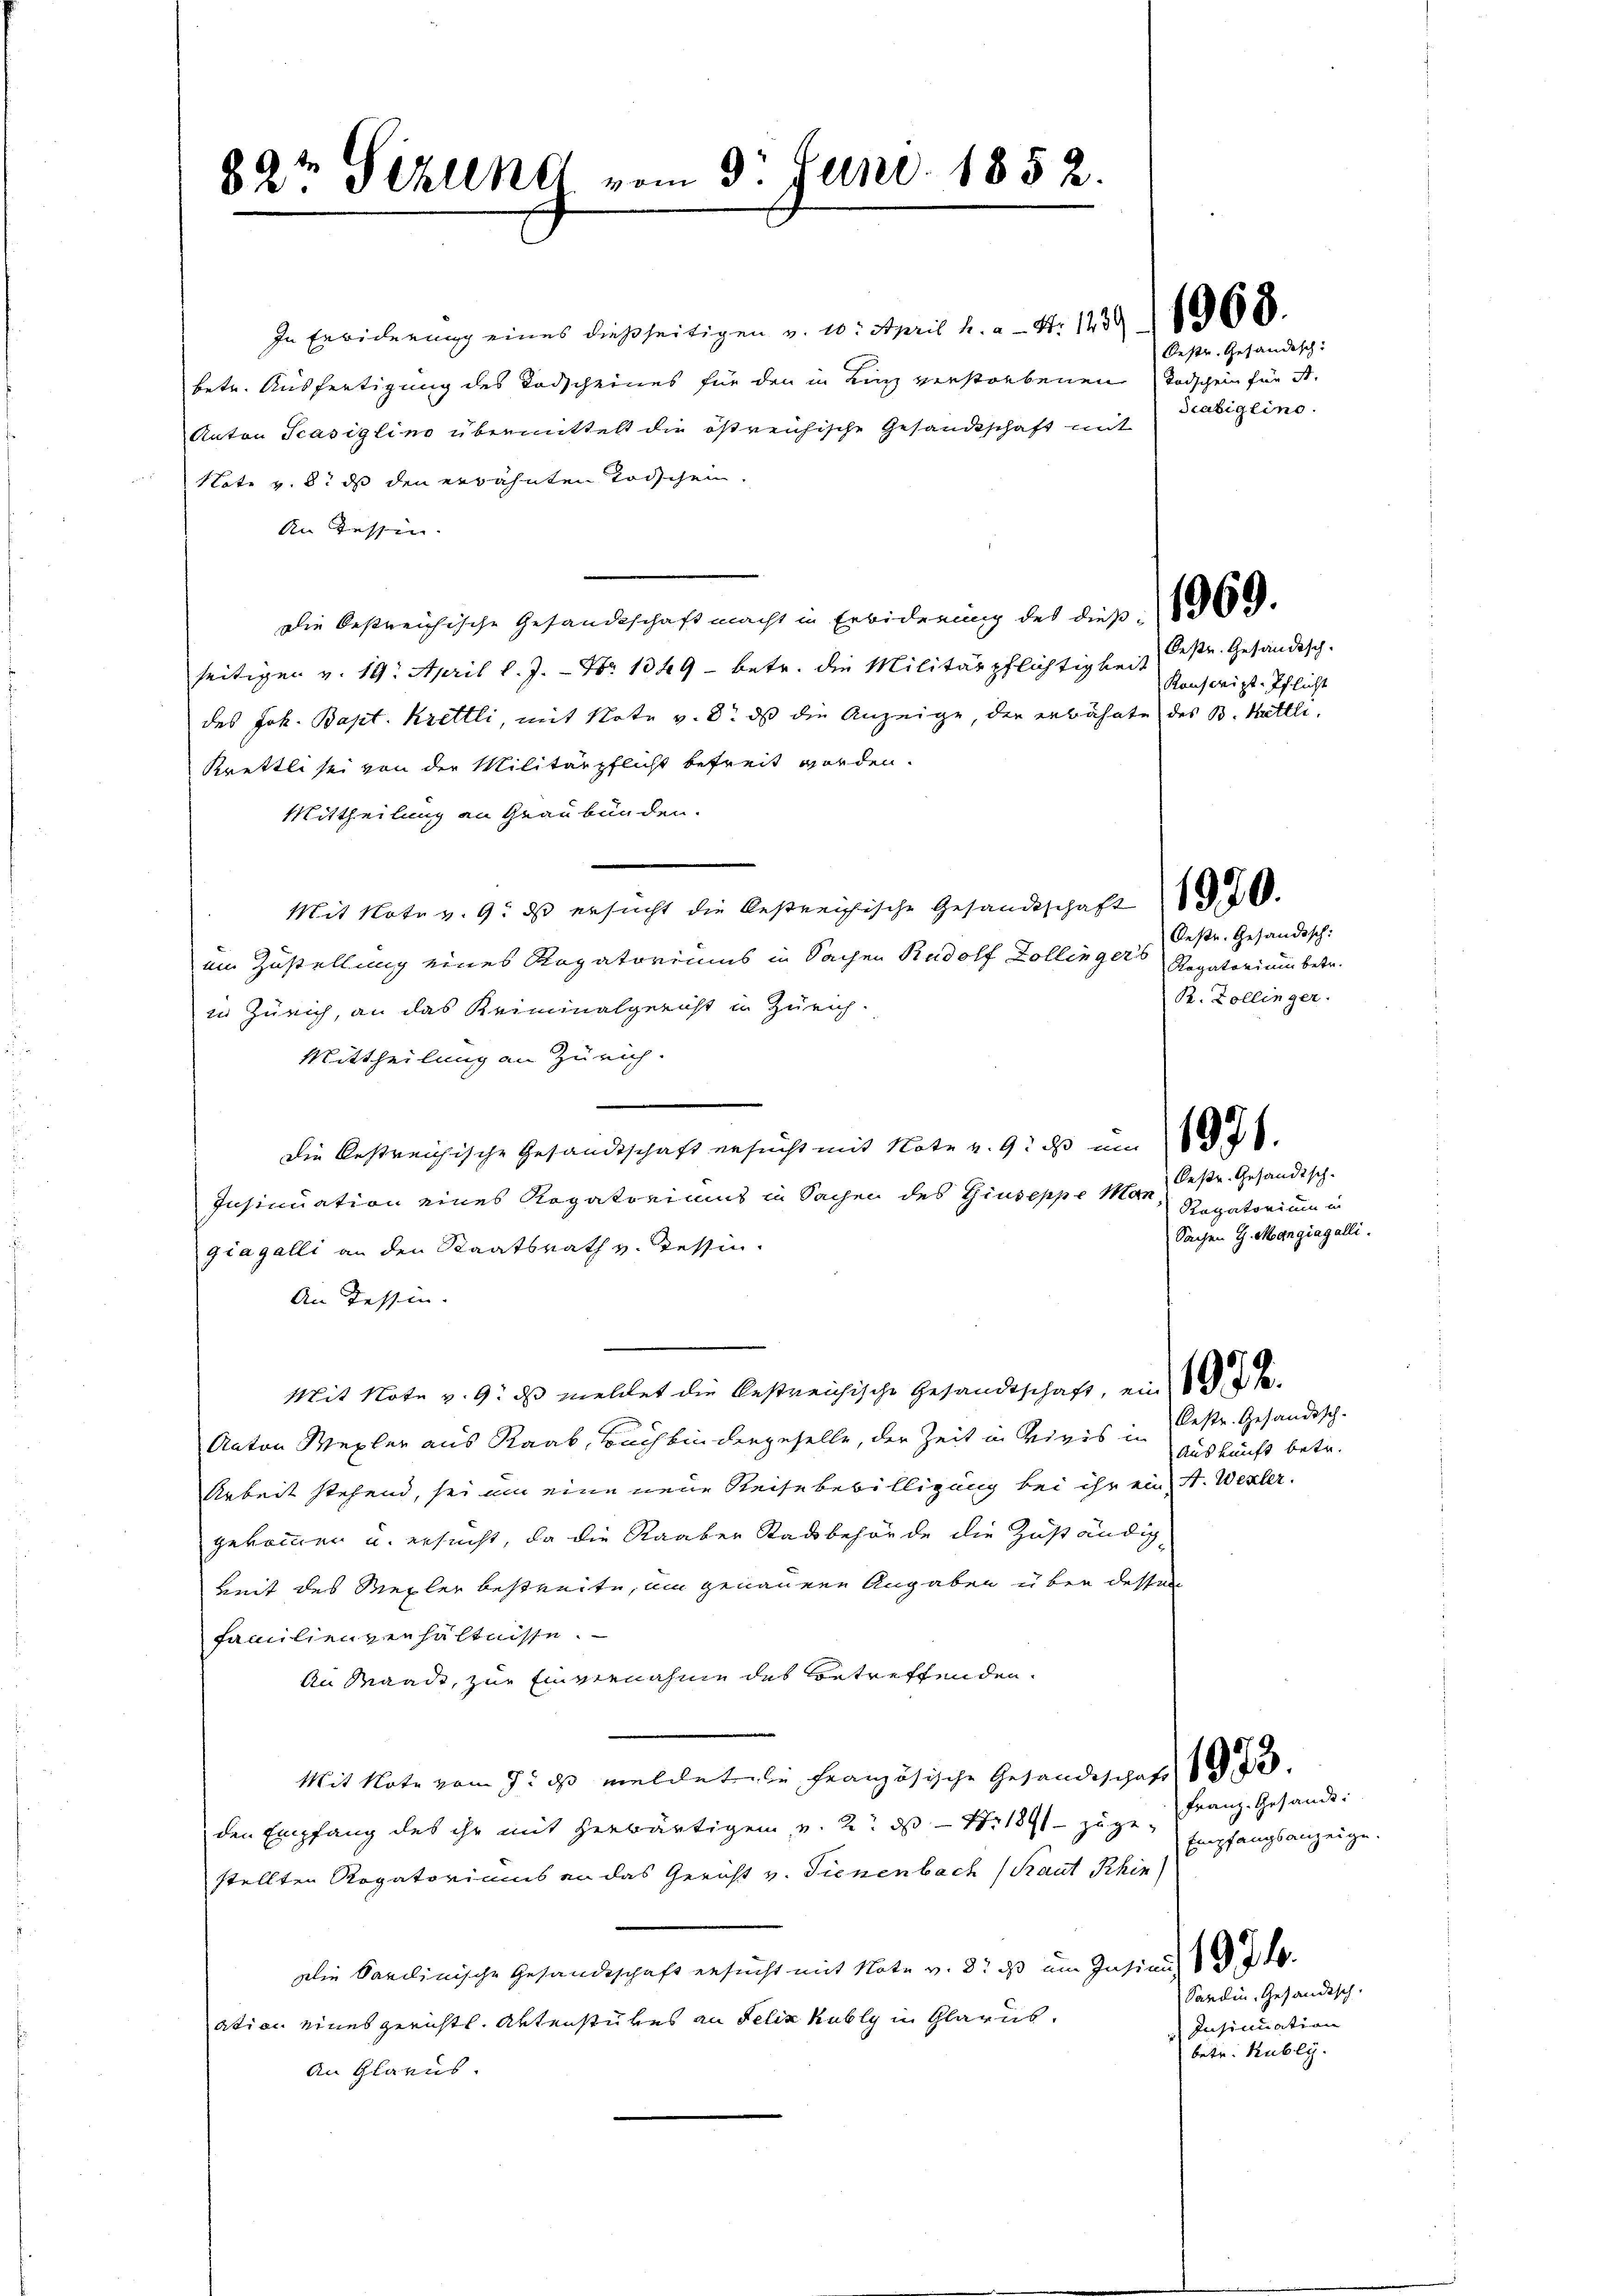
89te Sihlen vom 3. Juni 1852.

In Erwiderung eines dießseitigen v. 20. April h. a. Nr. 1239 (1960.
betr. Ausfertigung des Todscheines für den in Linz verstorbenen Todschein für St.
Anton Scasigling übermittelt die östreichische Gesandtschaft mit
Note v. 8. ds den erwähnten Todschen.
An Tessin.
Die bestreichische Gesandtschaft macht in Erwiderung des dieß. 369.
seitigen v. 19. April l. J. - No 1349 - betr. die Militärpflichtigkeit bestr. Gesändisch-
des Joh. Bapt. Krettli, mit Note v. 8. ds die Anzeige, der erwähnte des B. Kettli
Krettli sei von der Militärpflicht befreit worden.
Mittheilung an Graubünden.
Mit Note v. 9. ds ersucht die bestreichische Gesandtschaft 150.
ein Zustellung eines Rogatoriums in Sachen Rudolf Zollinger's Repaterium betr.
in Zürich, an das Kriminalgericht in Zürich.
Mittheilung an Zürich.
Die bestreichische Gesandtschaft ersucht mit Note v. 9. ds um 1
Insinuation eines Rogatoriums in Sachen des Giuseppe Mangiagalli an den Staatsrath v. Tessin.
An Tessin.

Mit Note v. 9. ds meldet die bestreichische Gesandtschaft, eine
Anton Wegler aus Raab, Buchbindergeselle, der Zeit in Vigis in Bestr. Gesandtsch-
Arbeit stehend, sei um eine neue Reise bewilligung bei ihr ein A. Wexler.
gekommen u. ersucht, da die Raaben Stadtbehörde die Zuständig¬
Zeit des Mexler bestreite, um genauene Angaben über dessen
Familienzen hältnisse.
An Waadt, zur Einvernahme des betreffenden
Mit Note vom 9. ds meldet die Französische Gesandtschaft 13.
den Empfang des ihr mit herwärtigen u. 2. ds Nr. 1891 zuge-
stellten Rogatoriums an das Gericht v. Tienenbach (Raut Khin
Die Sanclinische Gesandtschaft ersucht mit Note v. 3. ds im Insinu
ation eines gerichtl. Aktenstückes an Felix Kubly in Glarus.
An Glarus

Oestr. Gesandtsch-
Ragatorium in
Sachen G. Mangiagalli.

Oestr. Gefändisch
diabiglino.

Kanscript-Pflicht

Oestr. Gesandtsch:
R. Zollinger.

Auskunft betr.

Franz. Gesandt:
Empfangsanzeige.
Sardin, Gesandisch.
Insinuation
betr. Kubly.